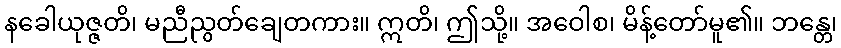
နခေါယုဇ္ဇတိ၊ မညီညွတ်ချေတကား။ ဣတိ၊ ဤသို့။ အဝေါစ၊ မိန့်တော်မူ၏။ ဘန္တေ၊